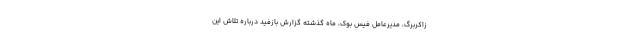
زاکربرگ، مدیرعامل فیس بوک، ماه گذشته گزارش بازفید درباره تلاش این